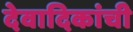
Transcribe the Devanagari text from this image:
देवादिकांची